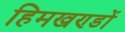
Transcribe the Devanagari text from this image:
हिमखण्डों